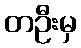
တဦးမှ